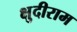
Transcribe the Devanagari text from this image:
क्षुदीराम